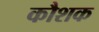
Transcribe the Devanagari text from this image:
कौशक